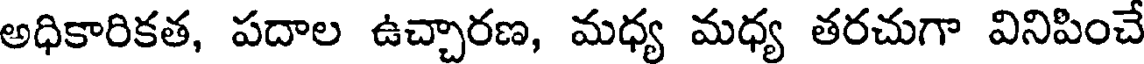
అధికారికత, పదాల ఉచ్చారణ, మధ్య మధ్య తరచుగా వినిపించే